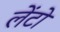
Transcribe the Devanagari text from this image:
लेंटो